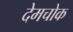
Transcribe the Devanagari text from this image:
देमचोक